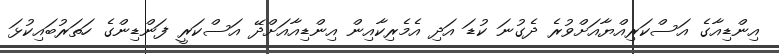
އިންޑިއާގެ އަސްކަރިއްޔާއަށްވުރެ ދެގުނަ ކުޑަ އަދި އެމެރިކާއިން އިންޑިއާއަށްދޭ އަސްކަރީ ފަންޑިންގެ ހަތަރުބައިކުޅަ